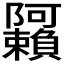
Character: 𬯩